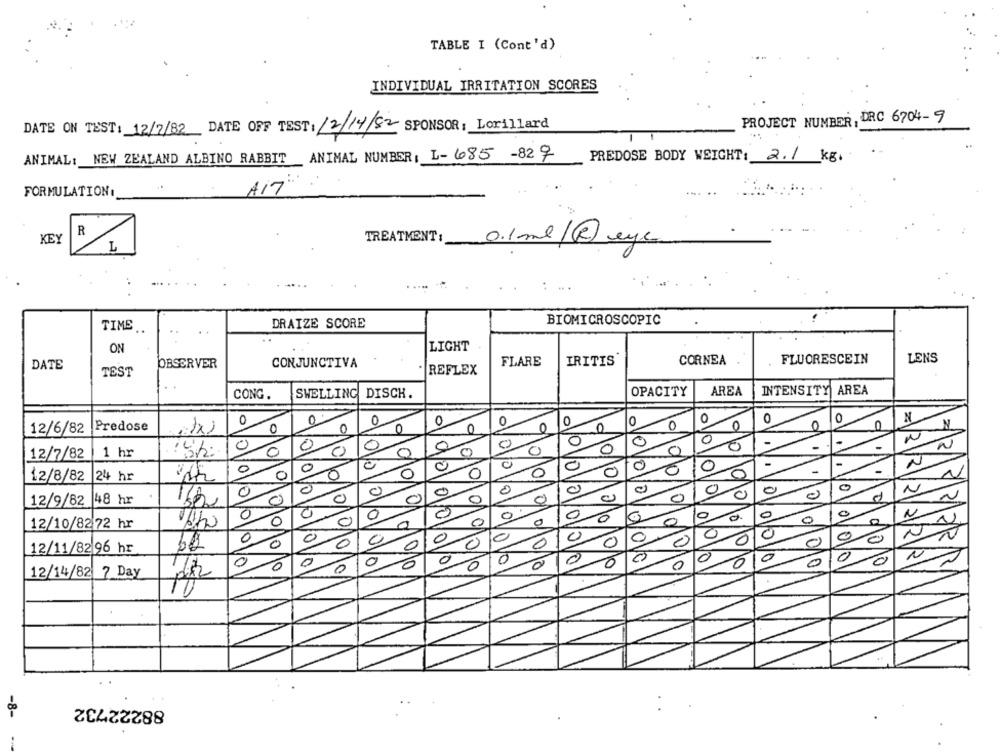
TABLE I (Cont'd)
INDIVIDUAL IRRITATION SCORES
PROJECT NUMBER, DRC 6704-9
DATE ON TEST: 12/7/82 DATE OFF TEST: 12/14/82 SPONSOR: Lorillard
ANIMAL: NEW ZEALAND ALBINO RABBIT ANIMAL NUMBER: L-685 -82 9
PREDOSE BODY WEIGHT: 2.1 kg.
FORMULATION
A17
R
KEY
TREATMENT:
0.1ml/@eye
DRAIZE SCORE
BIOMICROSCOPIC
TIME
ON
LIGHT
FLARE
IRITIS
CORNEA
FLUORESCEIN
LENS
DATE
OBSERVER
CONJUNCTIVA
TEST
. REFLEX
OPACITY
AREA
INTENSITY AREA
CONG.
SWELLING DISCH.
0
C
0
0
0
0
0
0
0
N
12/6/82
Predose
0
0
0
0
0
0
0
0
0
12/7/82
1 hr
N
0
-
0
0
0
0
0
-
12/8/82
24 hr
0
0
0
N
0
12/9/82 48 hr
0
0
0
0
0
0
0
0
0
0
N
12/10/8272 hr
0
0
0
0
0
0
0
0
0
10
0
90
12/11/82 96 hr
0
0
10
0
0
0
0
0
0
0
10
0
0
0
10
33/221
12/14/82 7 Day
10
88222732
-8-